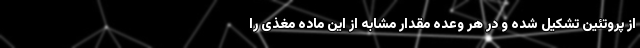
از پروتئین تشکیل شده و در هر وعده مقدار مشابه از این ماده مغذی را